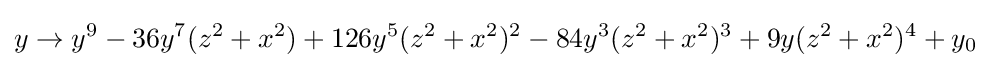
y\to y^{9}-36y^{7}(z^{2}+x^{2})+126y^{5}(z^{2}+x^{2})^{2}-84y^{3}(z^{2}+x^{2})^{3}+9y(z^{2}+x^{2})^{4}+y_{0}